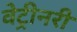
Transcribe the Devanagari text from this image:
वेट्रीनरी